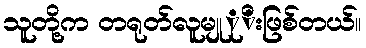
သူတို့က တရုတ်လူမျုုိးဖြစ်တယ်။